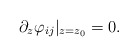
\begin{align*}\partial_z \varphi_{ij} \vert_{z=z_0} =0.\end{align*}